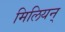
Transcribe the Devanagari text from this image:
मिलियन्